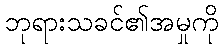
ဘုရားသခင်၏အမှုကို